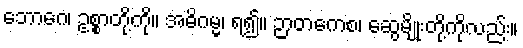
ဘောဂေ၊ ဥစ္စာတို့ကို။ အဓိဂမ္မ၊ ရ၍။ ဉာတကေစ၊ ဆွေမျိုးတို့ကိုလည်း။